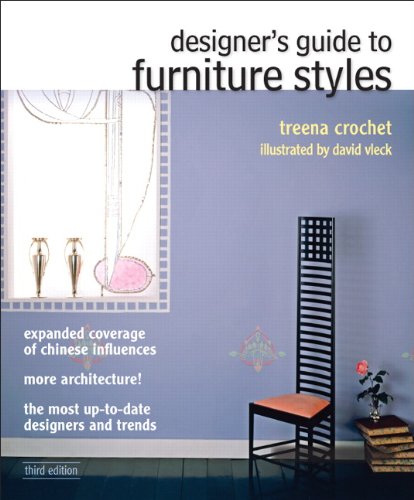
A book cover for Designer's Guide to Furniture Styles (3rd Edition) (Fashion Series); Treena M. Crochet; Arts & Photography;